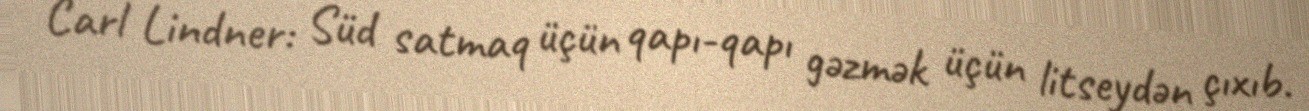
Carl Lindner: Süd satmaq üçün qapı-qapı gəzmək üçün litseydən çıxıb.